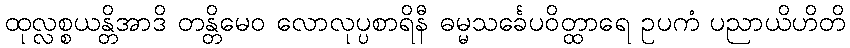
ထုလ္လစ္စယန္တိအာဒိ တန္တိမေဝ လောလုပ္ပစာရိနီ ဓမ္မသင်္ခေပဝိတ္ထာရေ ဥပကံ ပညာယိဟိတိ